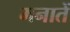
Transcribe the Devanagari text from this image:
मनातें